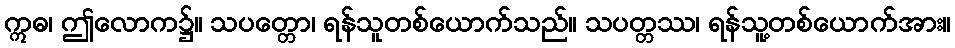
ဣဓ၊ ဤလောက၌။ သပတ္တော၊ ရန်သူတစ်ယောက်သည်။ သပတ္တဿ၊ ရန်သူ့တစ်ယောက်အား။